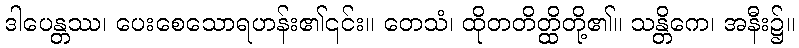
ဒါပေန္တဿ၊ ပေးစေသောရဟန်း၏၎င်း။ တေသံ၊ ထိုတတိတ္ထိတို့၏။ သန္တိကေ၊ အနီး၌။